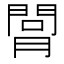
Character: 𦟲